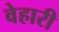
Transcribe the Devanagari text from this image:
वेहारी